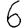
Digit: 6